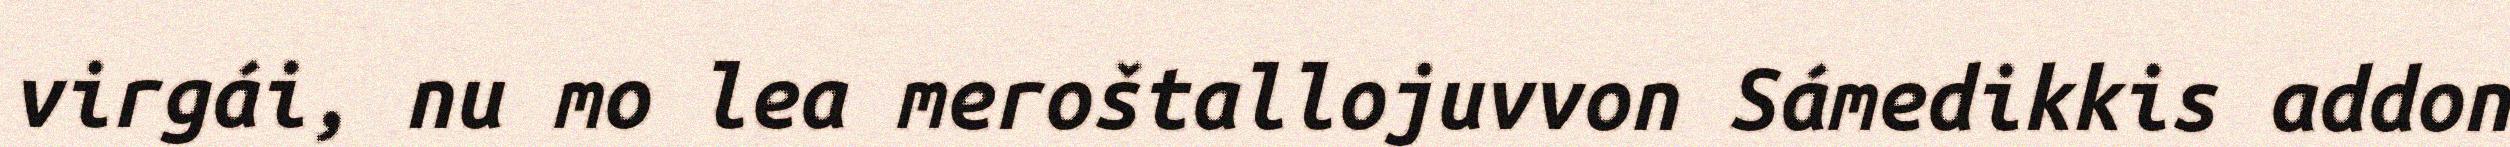
virgái, nu mo lea meroštallojuvvon Sámedikkis addon